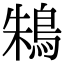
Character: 鴸